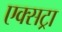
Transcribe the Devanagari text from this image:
एक्‍सट्रा